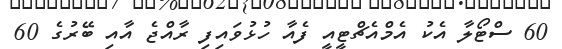
60 ސްޓޯލާ އެކު އެމްއެޗްޓީއީ ފެއާ ހުޅުވައިފި ރާއްޖެ އާއި ބޭރުގެ 60